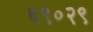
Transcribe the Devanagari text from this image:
६९०२९